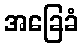
အခြေခံ